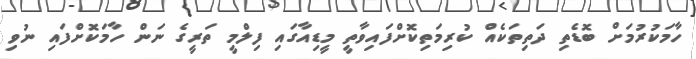
ހާމަކުރުމަށް ބޮޑެތި ދަތިތަކެއް ކުރިމަތިކޮށްފައިވާތީ މީޑިއާގައި ފިލްމީ ތަރީގެ ނަން ހާމަކޮށްފައި ނުވި